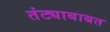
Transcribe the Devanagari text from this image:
तंट्याबाबत